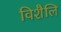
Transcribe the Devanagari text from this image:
विशैलि